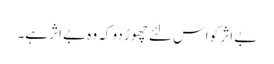
بے اثر کو اس لئے چھوڑ دو کہ وہ بے اثر ہے۔